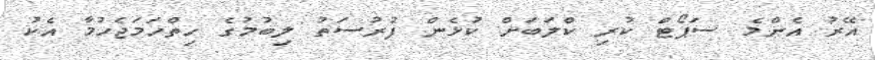
އޭރު އެންމެ ސަޕޯޓް ކުރި ކްލަބަށް ކުޅެން ފުރުސަތު ލިބުމުގެ ހިތްހަމަޖެހުމާ އެކު